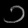
Digit: ၁